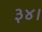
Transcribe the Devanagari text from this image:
३४।